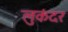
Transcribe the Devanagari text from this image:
लुकंदर